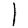
Digit: 1